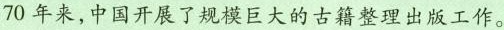
70年来，中国开展了规模巨大的古籍整理出版工作。